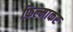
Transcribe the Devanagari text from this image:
फिल्माकर